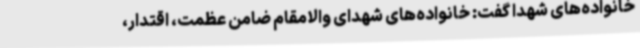
خانواده‌های شهدا گفت: خانواده‌های شهدای والامقام ضامن عظمت، اقتدار،